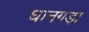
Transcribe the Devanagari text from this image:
धानगड़ा